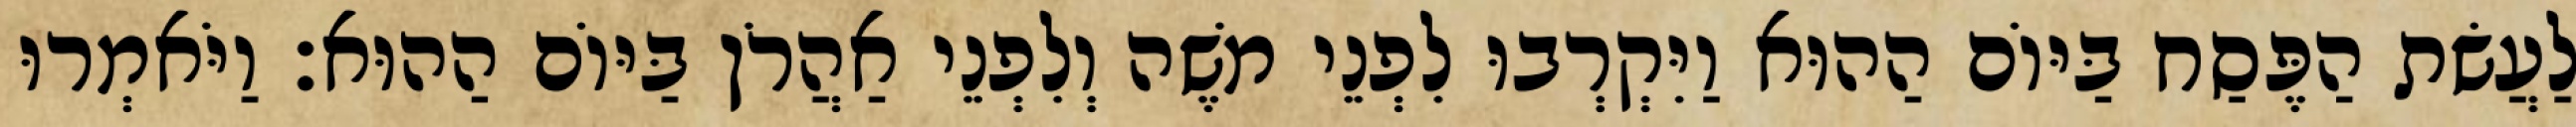
לַעֲשׂת הַפֶּסַח בַּיּוֹם הַהוּא וַיִּקְרְבוּ לִפְנֵי משֶׁה וְלִפְנֵי אַהֲרֹן בַּיּוֹם הַהוּא׃ וַיֹּאמְרוּ